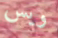
ويس